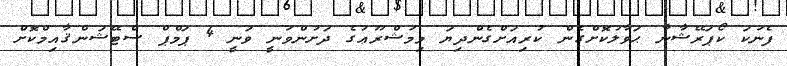
ފެނަކަ ކޯޕަރޭޝާނާ ޙަވާލުކޮށްގެން ކުރިއަށްގެންދިޔަ މިމަޝްރޫޢުގެ ދަށުންވަނީ ވަނީ 4 ޕަމްޕް ސްޓޭޝަންޤާއިމްކޮށް